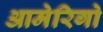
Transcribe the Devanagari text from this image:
आमेरिगो